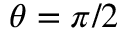
\theta = \pi / 2